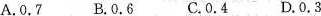
A.0.7 B.0.6 C.0.4 D.0.3